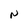
Character: N